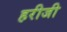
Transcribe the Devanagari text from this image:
हरीजी